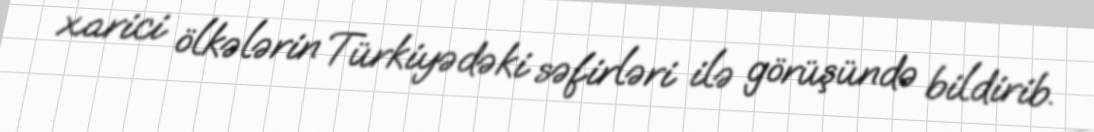
xarici ölkələrin Türkiyədəki səfirləri ilə görüşündə bildirib.